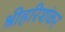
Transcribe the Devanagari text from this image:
श्रीहरिशंकर